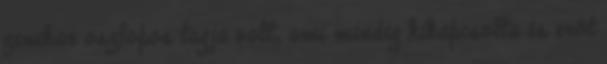
zenekar oszlopos tagja volt, ami mindig kikapcsolta és erőt